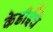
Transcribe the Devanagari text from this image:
केडीईचे